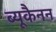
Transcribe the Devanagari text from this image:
ब्यूकैनन